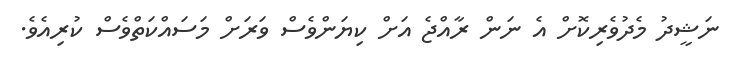
ނަޝީދު މެދުވެރިކޮށް އެ ނަން ރާއްޖެ އަށް ކިޔަންވެސް ވަރަށް މަސައްކަތްވެސް ކުރިއެވެ.